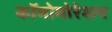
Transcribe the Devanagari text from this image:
कॉमोमोरेशन